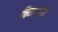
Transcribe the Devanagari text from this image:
चिन्ताग्रस्त